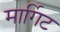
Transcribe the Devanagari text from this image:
मार्गिट